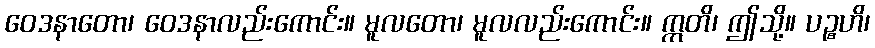
ဝေဒနာတော၊ ဝေဒနာလည်းကောင်း။ မူလတော၊ မူလလည်းကောင်း။ ဣတိ၊ ဤသို့။ ပဉ္စဟိ၊